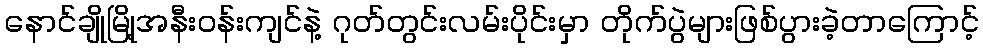
နောင်ချိုမြို့အနီးဝန်းကျင်နဲ့ ဂုတ်တွင်းလမ်းပိုင်းမှာ တိုက်ပွဲများဖြစ်ပွားခဲ့တာကြောင့်